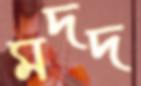
মদদ